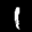
Label: 1